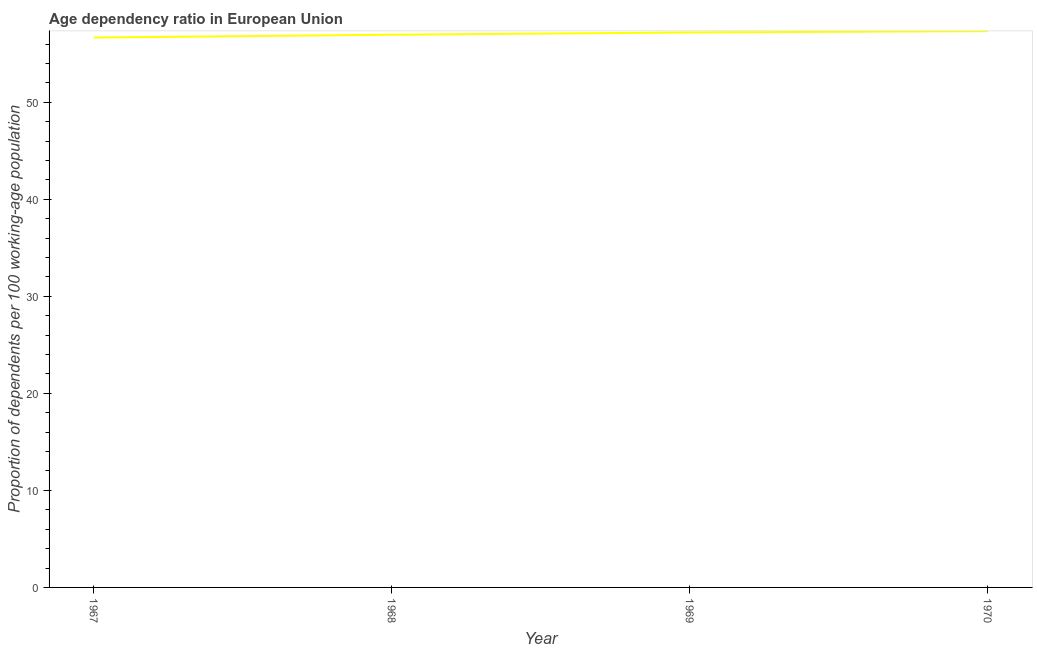
| Year | Age dependency ratio (% of working-age population) |
 | --- | --- |
 | 1967 | 56.7 |
 | 1968 | 57 |
 | 1969 | 57.2 |
 | 1970 | 57.3 |